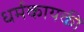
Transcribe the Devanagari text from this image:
धर्मकायकी